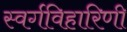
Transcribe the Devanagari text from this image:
स्वर्गविहारिणी